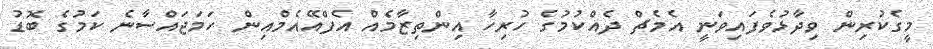
މީގެކުރިން ވިދާޅުވެފައިވަނީ އެމެޗް ދެއްކުމުގެ ހުރިހާ އިންތިޒާމެއް އެފްއޭއެމްއިން ހަމަޖައްސާނެ ކަމުގެ ބޮޑު